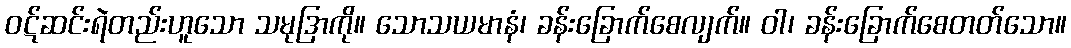
ဝဋ်ဆင်းရဲတည်းဟူသော သမုဒြာကို။ သောသယမာနံ၊ ခန်းခြောက်စေလျက်။ ဝါ၊ ခန်းခြောက်စေတတ်သော။